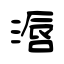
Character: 滣